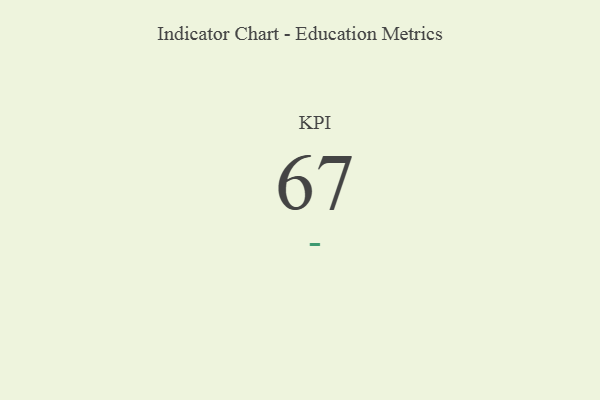
{"axis": {"x": "KPI", "y": "Value"}, "legend": [""], "data": [{"x": "KPI", "y": 67, "type": ""}]}